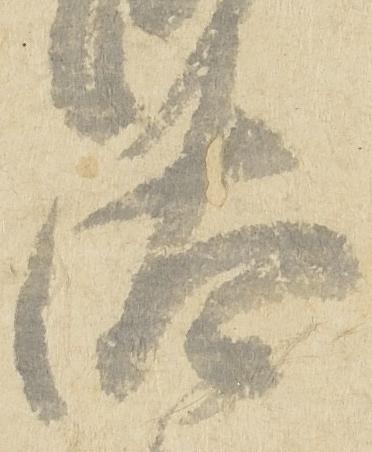
汰